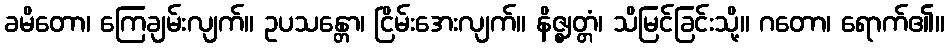
ခမိတော၊ ကြေချမ်းလျက်။ ဥပသန္တော၊ ငြိမ်းအေးလျက်။ နိဇ္ဈတ္တံ၊ သိမြင်ခြင်းသို့။ ဂတော၊ ရောက်၏။